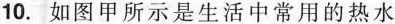
10.如图甲所示是生活中常用的热水